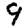
Digit: 9